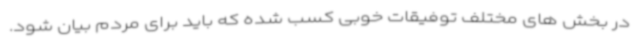
در بخش های مختلف توفیقات خوبی کسب شده که باید برای مردم بیان شود.